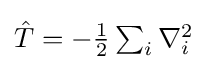
{\textstyle {\hat {T}}=-{\frac {1}{2}}\sum _{i}\nabla _{i}^{2}}